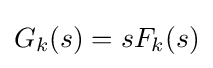
G_{k}(s)=sF_{k}(s)